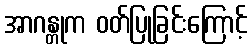
အာဂန္တုက ဝတ်ပြုခြင်းကြောင့်